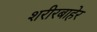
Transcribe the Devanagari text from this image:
शरीरबाहेर